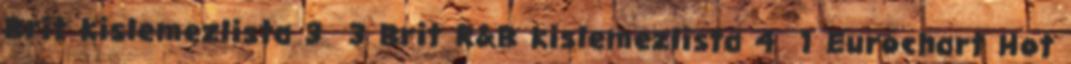
Brit kislemezlista 3 3 Brit R&B kislemezlista 4 1 Eurochart Hot